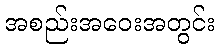
အစည်းအဝေးအတွင်း